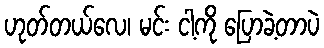
ဟုတ်တယ်လေ၊ မင်း ငါ့ကို ပြောခဲ့တာပဲ